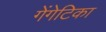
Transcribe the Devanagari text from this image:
गेंगेटिका